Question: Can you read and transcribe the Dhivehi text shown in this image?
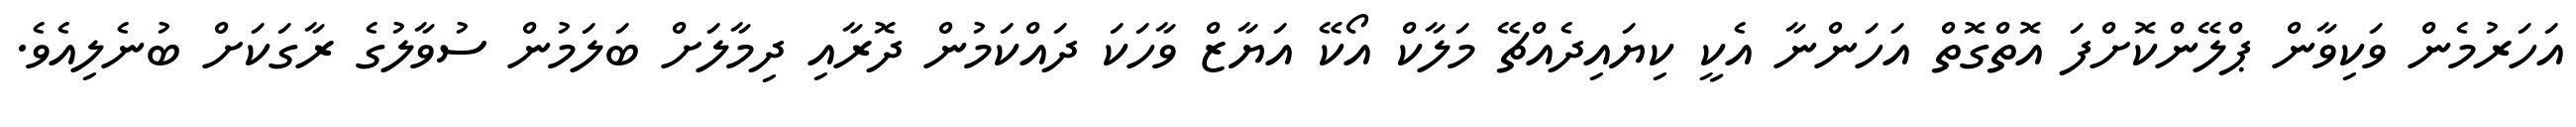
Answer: އަހަރުމެން ވަކިވާން ޕްލޭންކޮށްފަ އޮތްގޮތް އަހަންނާ އެކީ ކިޔައިދެއްޗޭ މަލާކް އޯކޭ އަޔާޒް ވާހަކަ ދައްކަމުން ދޮރާއި ދިމާލަށް ބަލަމުން ސުވާލުގެ ރާގަކަށް ބުނެލިއެވެ.